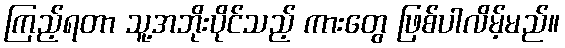
ကြည့်ရတာ သူ့အဘိုးပိုင်သည့် ကားတွေ ဖြစ်ပါလိမ့်မည်။